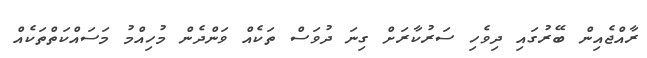
ރާއްޖެއިން ބޭރުގައި ދިވެހި ސަރުކާރަށް ގިނަ ދުވަސް ތަކެއް ވަންދެން މުހިއްމު މަސައްކަތްތަކެއް